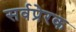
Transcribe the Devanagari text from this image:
सर्वप्रेरक